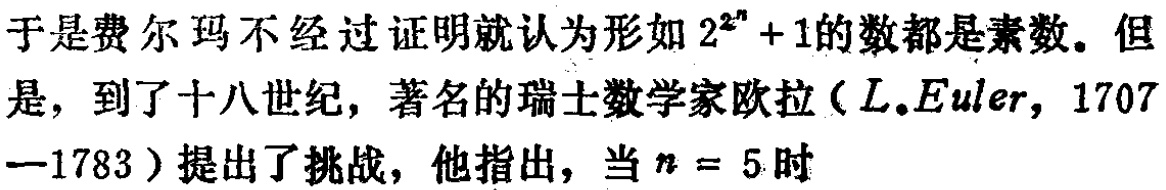
于是费尔玛不经过证明就认为形如 \(2^{2^{n}} + 1\) 的数都是素数。但是，到了十八世纪，著名的瑞士数学家欧拉（\(L.Euler, 1707\)－\(1783\)）提出了挑战，他指出，当 \(n = 5\) 时